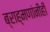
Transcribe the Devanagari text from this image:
ब्राह्मणांनीही